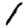
Digit: 1